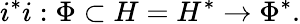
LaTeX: i^{*}i:\Phi\subset H=H^{*}\to\Phi^{*}.